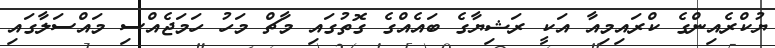
ޔުކްރެއިންގެ ކްރައިމިއާ އަކީ ރަޝިޔާގެ ބައެއްގެ ގޮތުގައި މާޗް މަހު ހަމަޖެއްސި މައްސަލާގައި